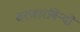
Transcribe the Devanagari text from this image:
चरणारविन्दों